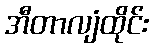
အီတာလျံထိုင်း